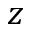
z